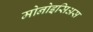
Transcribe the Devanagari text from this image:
मोनोइसिअस